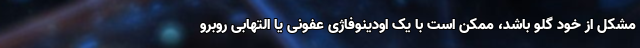
مشکل از خود گلو باشد، ممکن است با یک اودینوفاژی عفونی یا التهابی روبرو